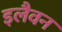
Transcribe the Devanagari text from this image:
इलैवन